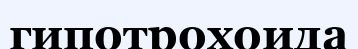
гипотрохоида